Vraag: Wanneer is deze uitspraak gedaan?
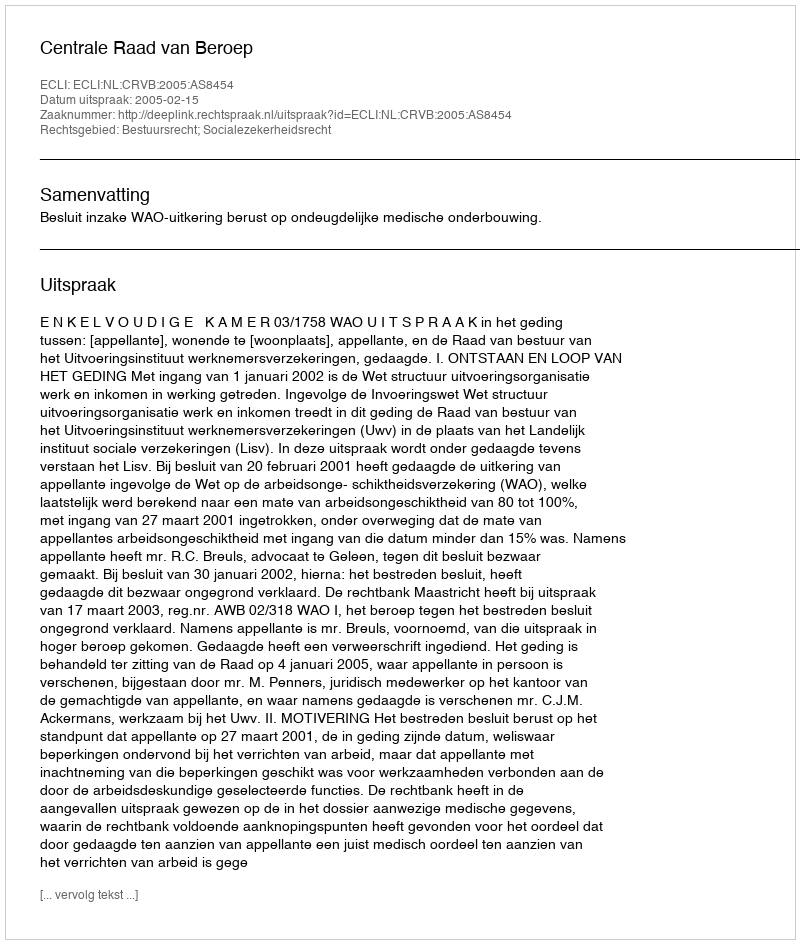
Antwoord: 2005-02-15